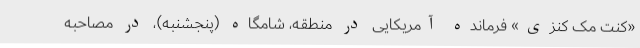
«کنت مک کنزی» فرمانده آمریکایی در منطقه، شامگاه (پنجشنبه)، در مصاحبه